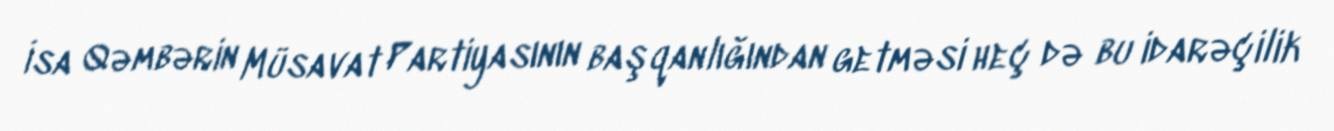
İsa Qəmbərin Müsavat Partiyasının başqanlığından getməsi heç də bu idarəçilik